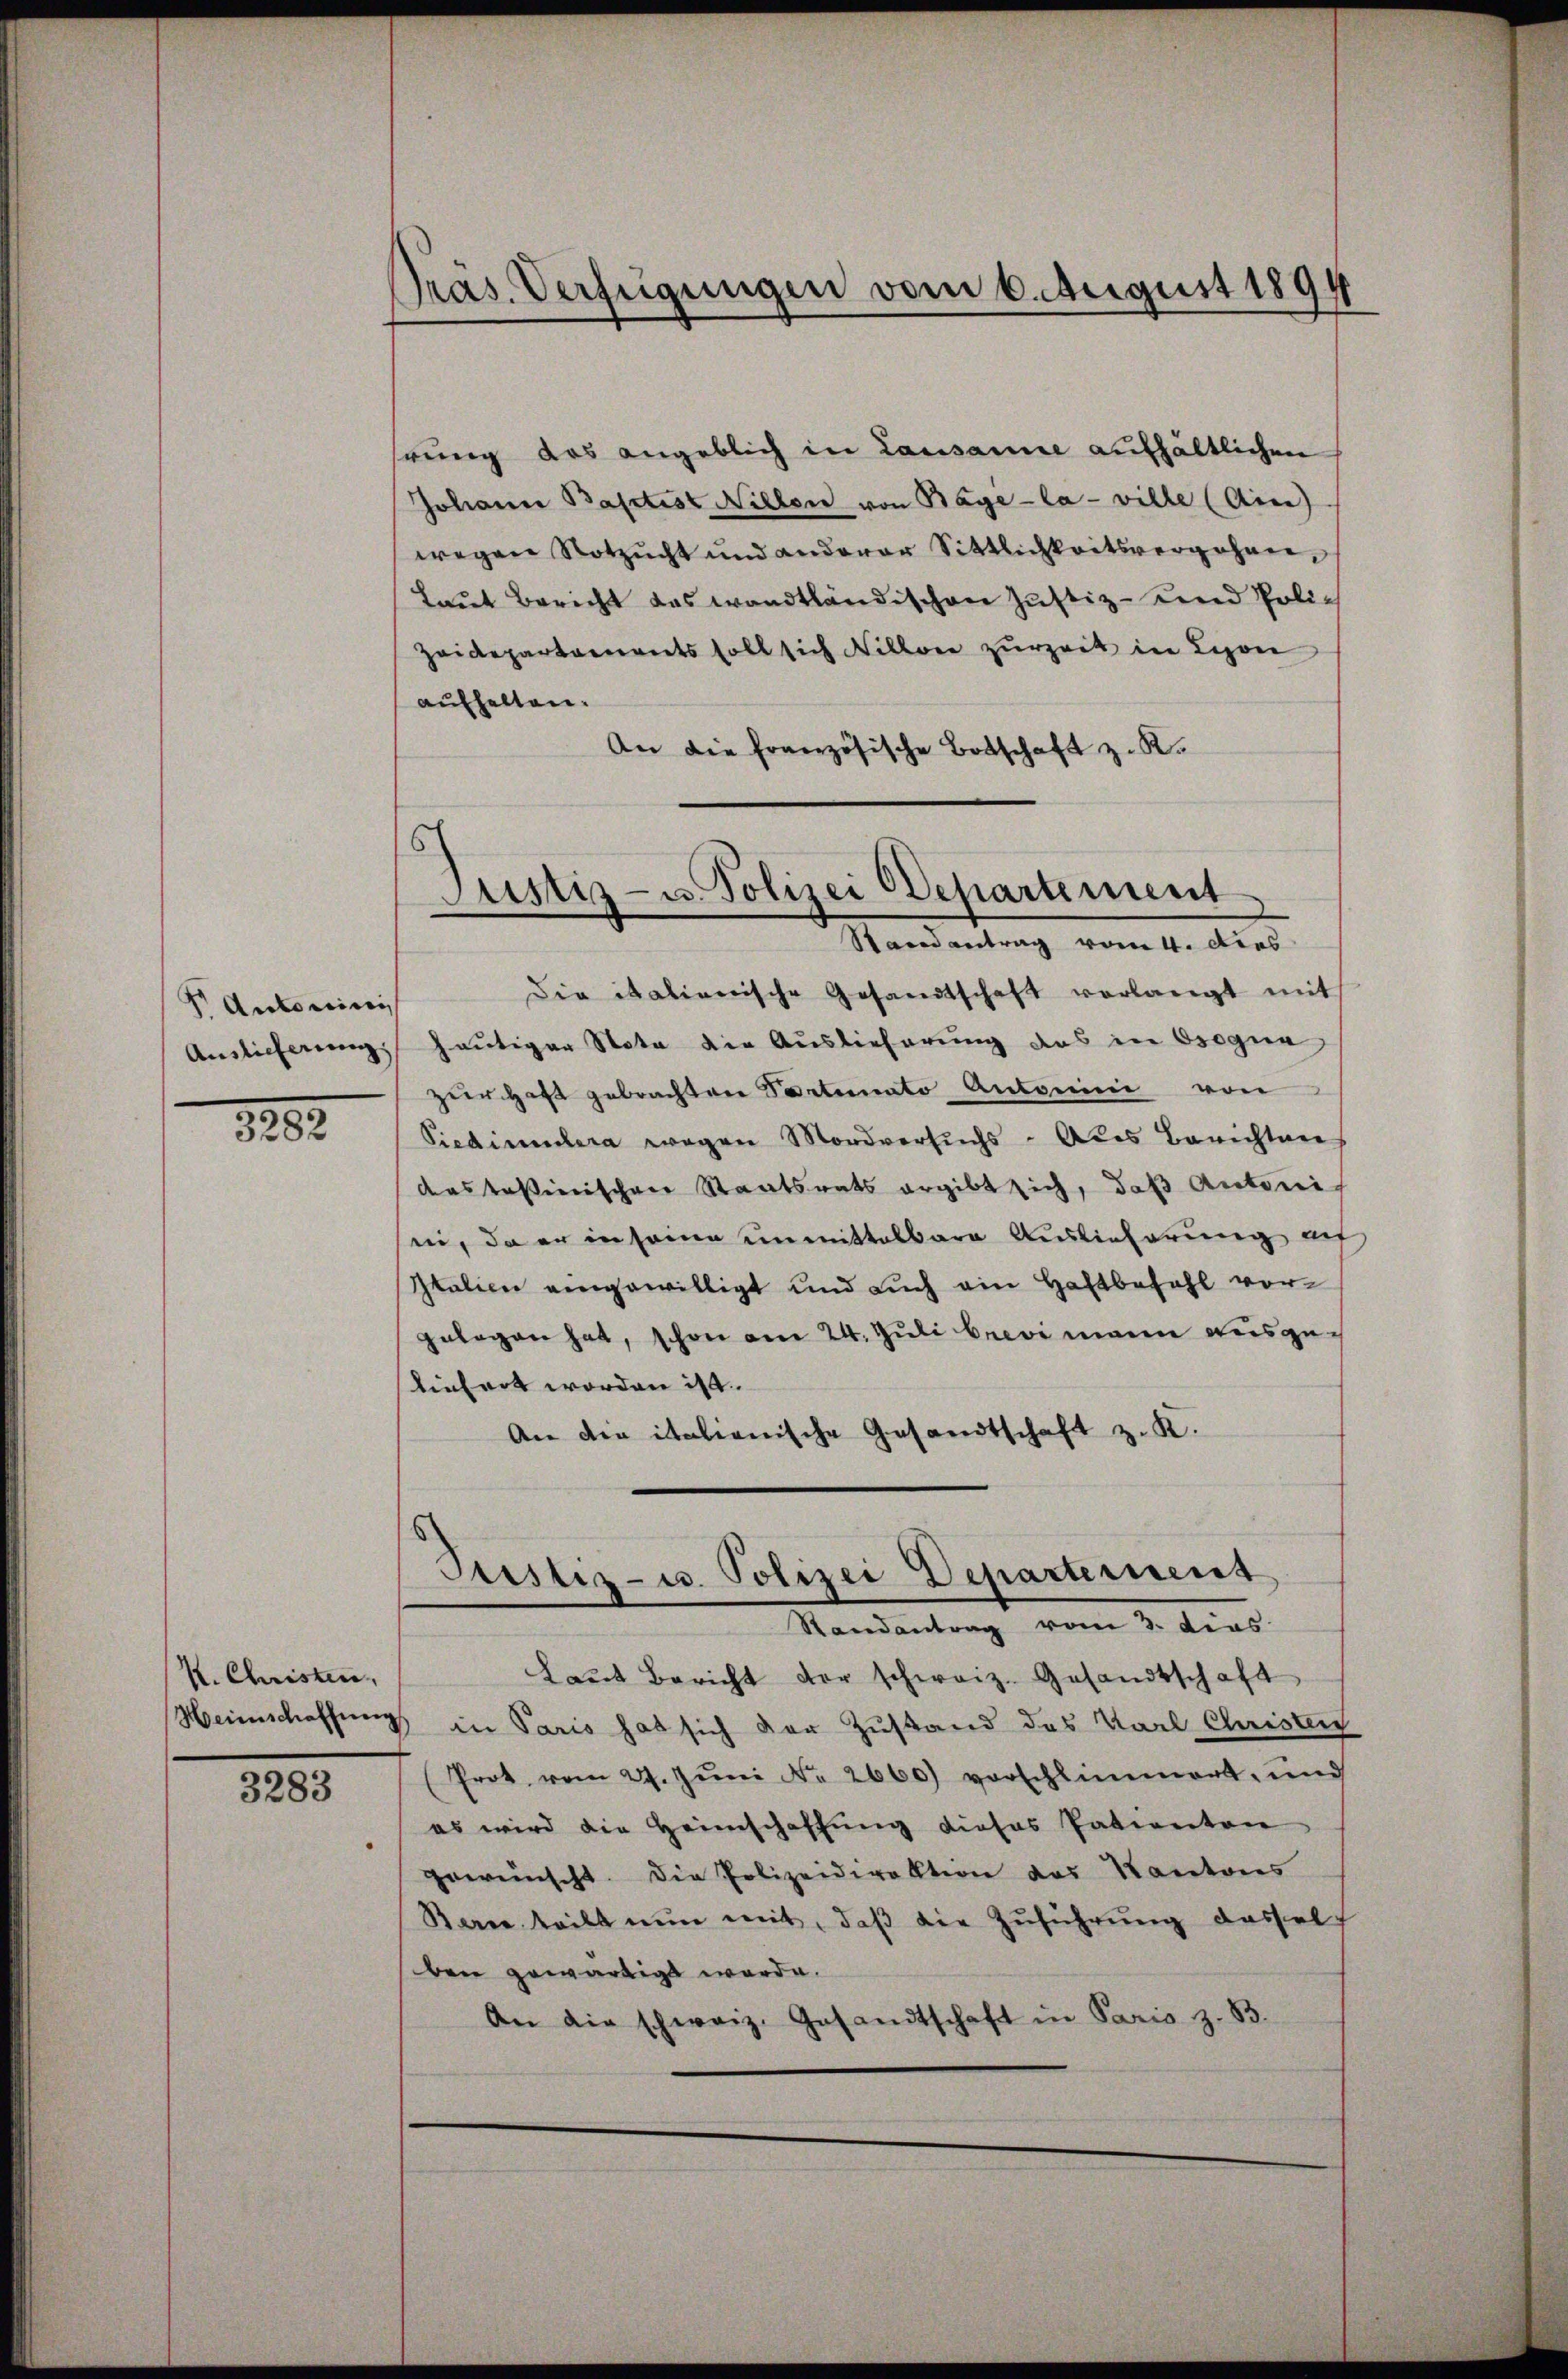
Autoreini
Anslicherung

1252.

K. Christen
Heimschaffung

3283

Pras. Verfügungen vom 6. August 1894

rung das angeblich in Lausanne aufhältlichen
Johann Baptist Nillen von Bage-la - ville (Ain)
wegen Notzŭcht und anderer Sittlichkeitsvergehen,
Laŭt Bericht das wandtländischen Justiz- und Poli¬
Zeidepartements soll sich Nillon zurzeit in Leon
aufhalten.
An die französische Botschaft z. R.

s
Justiz- u. Polizei Departement
Randantrag vom 4. dies

die italienische Gesandtschaft verlangt mit
heutiger Nota die Auslieferung das in Osogna
zur Haft gebrachten Partinato Antonini von
Siedimulara wegen Mordversuchs - Als Berichten
das tessinischen Staatsrats ergibt sich, daß Antoni
ii, da er in same unmittelbare Auslieferung au
Italien eingewilligt und auch ein Haftbezahl vorgelegen hat, schon am 24. Juli brevi mann ausgetiefert worden ist.
An die italienische Gesandtschaft z. K.
Justiz- u. Polizei Departement
Randantrag vom 3. dies
Laut Bericht der schweiz. Gesandtschaft
in Paris hat sich der Zustand des Karl Christen
Prot. vom 27. Jŭni Nr. 2660) vorschlimmert, und
es wird die Heimschaffŭng dieses Patienten
gewünscht. Die Polizeidirektion des Kantons
Ban teilt nŭn mit, daβ die Zŭführŭng dassel
ben gewärtigt werde.
An die schweiz. Gesandtschaft in Paris z. B.